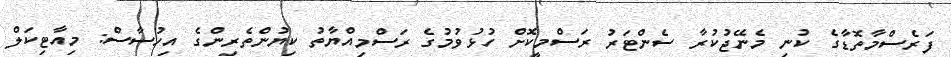
ފަރެސްމާތޮޑާގެ ކުނި މެނޭޖުކުރާ ސެންޓަރު ރަސްމީކޮށް ހުޅުވުމުގެ ރަސްމިއްޔާތު ކިޔުންތެރިންގެ އިހުސާސް: މިއާޓިކަލް